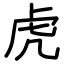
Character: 虎